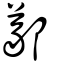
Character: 䣡